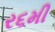
ર૬મી